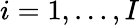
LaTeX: i=1,\dots,I